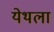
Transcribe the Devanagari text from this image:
येथला